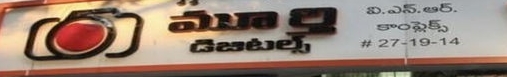
Language: telugu
Transcription: డిజిటల్స్ మూర్తి ఐ ఎన్. అర్. కాంప్లెక్స్